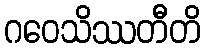
ဂဝေသိဿတီတိ